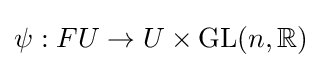
\psi :FU\to U\times \mathrm {GL} (n,\mathbb {R} )